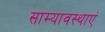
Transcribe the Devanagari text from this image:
साम्यावस्थाएं